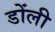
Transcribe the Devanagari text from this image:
डोंली